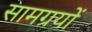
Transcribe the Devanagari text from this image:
सामग्रयों